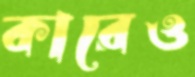
কারেও